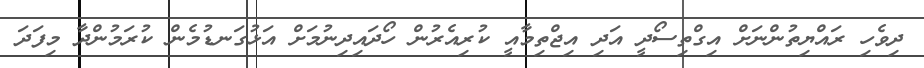
ދިވެހި ރައްޔިތުންނަށް އިގްތިސޯދީ އަދި އިޖްތިމާއީ ކުރިއެރުން ހޯދައިދިނުމަށް އަޅުގަނޑުމެން ކުރަމުންދާ މިފަދަ